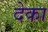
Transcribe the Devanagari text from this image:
देका